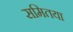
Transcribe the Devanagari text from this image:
समितया